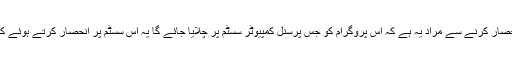
سسٹم پر انحصار کرنے سے مراد یہ ہے کہ اس پروگرام کو جس پرسنل کمپیوٹر سسٹم پر چلایا جائے گا یہ اس سسٹم پر انحصار کرتے ہوئے کام کرے گا۔